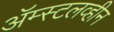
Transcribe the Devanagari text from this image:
ॲम्स्टलव्हीन